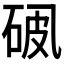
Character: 𪜘